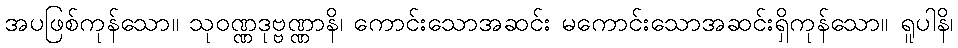
အပဖြစ်ကုန်သော။ သုဝဏ္ဏဒုဗ္ဗဏ္ဏာနိ၊ ကောင်းသောအဆင်း မကောင်းသောအဆင်းရှိကုန်သော။ ရူပါနိ၊